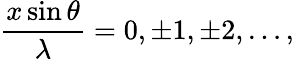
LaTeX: {\frac{x\sin\theta}{\lambda}}=0,\pm 1,\pm 2,\ldots,